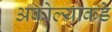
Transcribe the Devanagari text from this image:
अकोल्याकडे